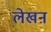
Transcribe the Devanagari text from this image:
लेखऩ